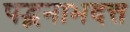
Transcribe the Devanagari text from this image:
पद्भनाभदत्त